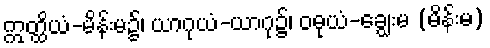
ဣတ္ထိယံ-မိန်းမ၌၊ ယာဂုယံ-ယာဂု၌၊ ဝဓုယံ-ချွေးမ (မိန်းမ)